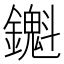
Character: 𬬖